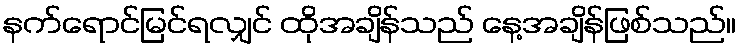
နက်ရောင်မြင်ရလျှင် ထိုအချိန်သည် နေ့အချိန်ဖြစ်သည်။